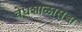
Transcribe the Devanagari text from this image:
वेधशाळासुद्धा